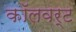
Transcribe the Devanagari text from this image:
कॉलवर्ट